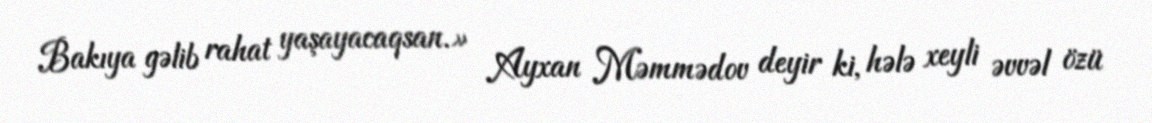
Bakıya gəlib rahat yaşayacaqsan.» Ayxan Məmmədov deyir ki, hələ xeyli əvvəl özü